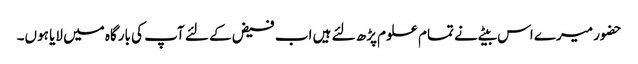
حضور میرے اس بیٹے نے تمام علوم پڑھ لئے ہیں اب فیض کے لئے آپ کی بارگاہ میں لایا ہوں۔